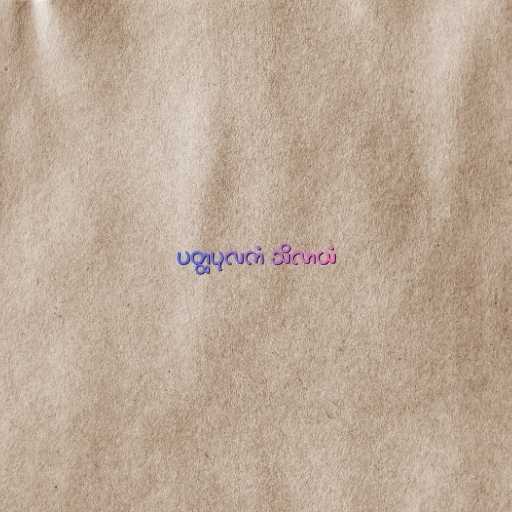
ပတ္ထပုလကံ သိလာယံ